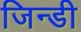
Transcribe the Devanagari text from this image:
जिन्डी